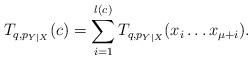
LaTeX: \begin{align*} T_{q,p_{Y|X}}(c)=\sum_{i=1}^{l(c)}T_{q,p_{Y|X}}(x_i\ldots x_{\mu+i}).\end{align*}